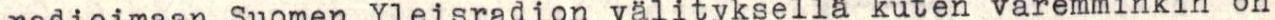
radioimaan Suomen Yleisradion välityksellä kuten varemminkin on